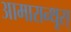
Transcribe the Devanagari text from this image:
आमारान्थूस्